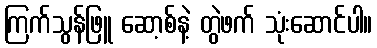
ကြက်သွန်ဖြူ ဆော့စ်နဲ့ တွဲဖက် သုံးဆောင်ပါ။